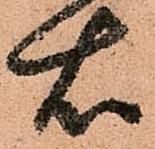
右